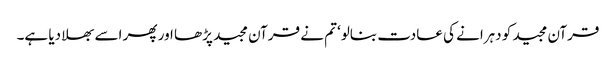
قرآن مجید کو دہرانے کی عادت بنالو‘ تم نے قرآن مجید پڑھا اور پھر اسے بھلا دیا ہے۔